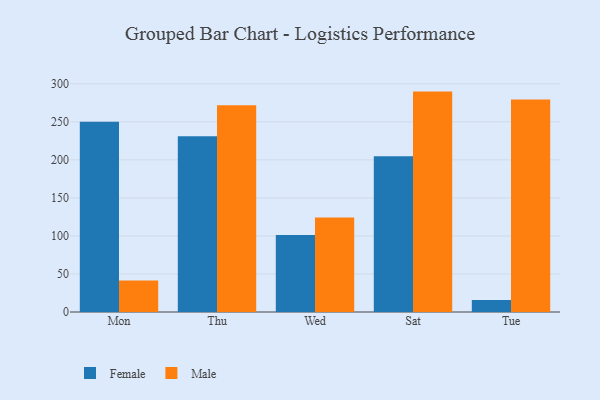
{"axis": {"x": "Day", "y": "Backlog"}, "legend": ["Female", "Male"], "data": [{"x": "Mon", "y": 250.2, "type": "Female"}, {"x": "Mon", "y": 41.5, "type": "Male"}, {"x": "Thu", "y": 231.1, "type": "Female"}, {"x": "Thu", "y": 271.7, "type": "Male"}, {"x": "Wed", "y": 101.3, "type": "Female"}, {"x": "Wed", "y": 124.3, "type": "Male"}, {"x": "Sat", "y": 204.6, "type": "Female"}, {"x": "Sat", "y": 289.7, "type": "Male"}, {"x": "Tue", "y": 15.8, "type": "Female"}, {"x": "Tue", "y": 279.3, "type": "Male"}]}